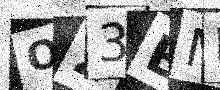
Text: O23EME